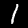
Label: 1